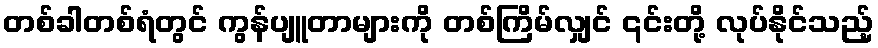
တစ်ခါတစ်ရံတွင် ကွန်ပျူတာများကို တစ်ကြိမ်လျှင် ၎င်းတို့ လုပ်နိုင်သည့်